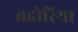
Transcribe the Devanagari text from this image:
बहोरिया